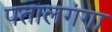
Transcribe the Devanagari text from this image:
पतालगंगा